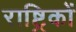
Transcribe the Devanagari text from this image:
राष्ट्रिकों